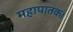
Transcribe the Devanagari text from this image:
महापातक।